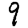
Digit: 9